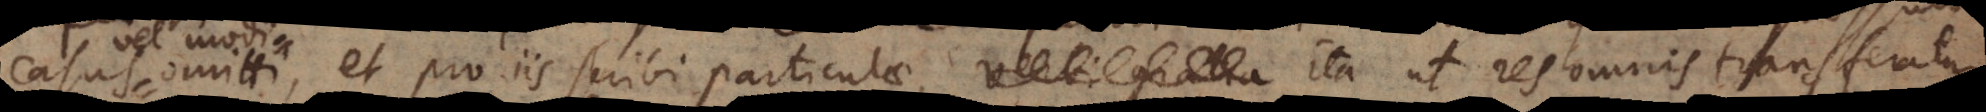
casus omitti, et pro iis scribi particulae, ita ut res omnis transferatur